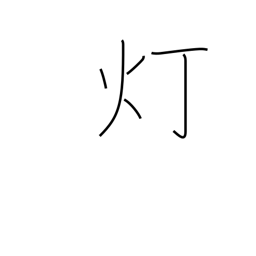
Meaning: lamp